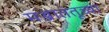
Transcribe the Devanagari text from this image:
मज्जातंतूच्या